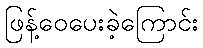
ဖြန့်ဝေပေးခဲ့ကြောင်း